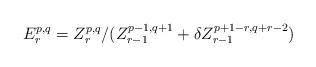
LaTeX: \begin{align*}E_{r}^{p, q} = Z_{r}^{p, q}/(Z_{r-1}^{p-1, q+1} + \delta Z_{r-1}^{p+1-r, q+r-2})\end{align*}